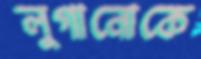
লুগানোকে